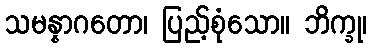
သမန္နာဂတော၊ ပြည့်စုံသော။ ဘိက္ခု၊